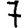
Digit: 7